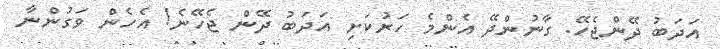
އަދަބު ދޭންޖެހޭ. ގާނުންދޭ އެންމެ ހަރުކަށި އަދަބު ދޭން ޖެހޭނެ! އެހެން ވަގުންނާ